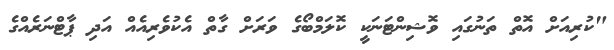
"ކުރިއަށް އޮތް ތަނުގައި ވޮޝިންޓަނަކީ ކޮލަމްބޯގެ ވަރަށް ގާތް އެކުވެރިއެއް އަދި ޕާޓްނަރެއްގެ